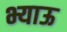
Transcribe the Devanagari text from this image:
भ्याऊ